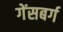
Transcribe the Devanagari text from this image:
गेंसबर्ग